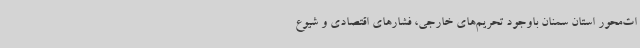
ات‌محور استان سمنان باوجود تحریم‌های خارجی، فشارهای اقتصادی و شیوع